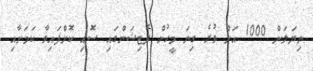
ނިޔަލަށް 1000 އަށް ވުރެ ގިނަ މީހުން ޕެޓިޝަންގައި ސޮއި ކޮށްފައިވާ ކަމަށާއި